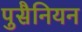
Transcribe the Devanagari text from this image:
पुसैनियन